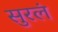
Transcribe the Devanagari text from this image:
सुरलं